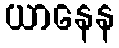
ယာနေန